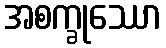
အစက္ခုဿော